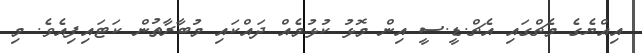
އިއްޔެގެ މެޗްގައި އެޗް.ޑީ.ސީ އިން މޮޅު ކުޅުމެއް ދައްކައި މުބާރާތުން ކަޓައިފިއެވެ. މި